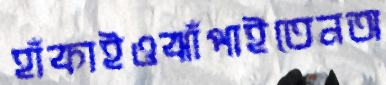
হাঁকাইওঝাঁপাইতেনঅ